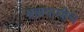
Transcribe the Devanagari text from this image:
ब्रह्मयासीच